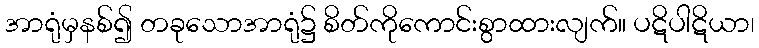
အာရုံမှနစ်၍ တခုသောအာရုံ၌ စိတ်ကိုကောင်းစွာထားလျက်။ ပဋိပါဋိယာ၊